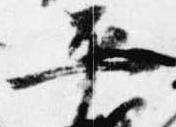
平